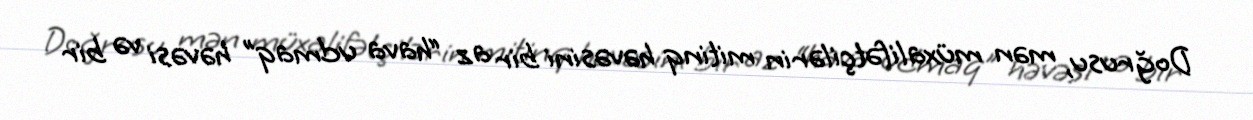
Doğrusu, mən müxalifətçilərin mitinq həvəsini bir az “hava udmaq” həvəsi və bir